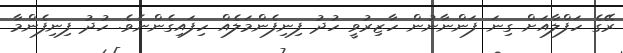
ރޭގެ ހަފްލާއަށް ގިނަ ފަންނާނުން ހާޒިރުވީ ހުދު ފިނިފެންމަލެއް ހިފައިގެންނެވެ. ހުދު ފިނިފެންމާ